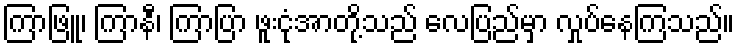
ကြာဖြူ၊ ကြာနီ၊ ကြာပြာ ဖူးငုံအာတို့သည် လေပြည်မှာ လှုပ်နေကြသည်။